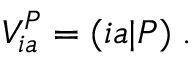
V _ { i a } ^ { P } = ( i a | P ) \; .